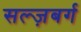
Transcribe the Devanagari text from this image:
सल्ज़बर्ग